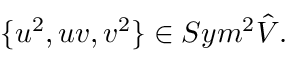
\{ u ^ { 2 } , u v , v ^ { 2 } \} \in S y m ^ { 2 } \hat { V } .